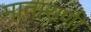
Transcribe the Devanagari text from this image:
माताराणी